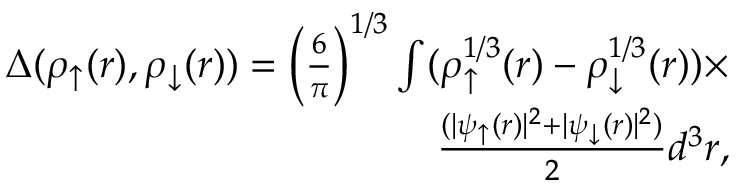
\begin{array} { r } { \Delta ( \rho _ { \uparrow } ( r ) , \rho _ { \downarrow } ( r ) ) = \Big ( \frac { 6 } { \pi } \Big ) ^ { 1 / 3 } \int ( \rho _ { \uparrow } ^ { 1 / 3 } ( r ) - \rho _ { \downarrow } ^ { 1 / 3 } ( r ) ) \times } \\ { \frac { ( | \psi _ { \uparrow } ( r ) | ^ { 2 } + | \psi _ { \downarrow } ( r ) | ^ { 2 } ) } { 2 } d ^ { 3 } r , } \end{array}